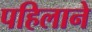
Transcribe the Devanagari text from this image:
पहिलाने